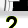
Digit: 2